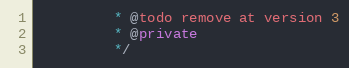
Language: JavaScript
		 * @todo remove at version 3
		 * @private
		 */